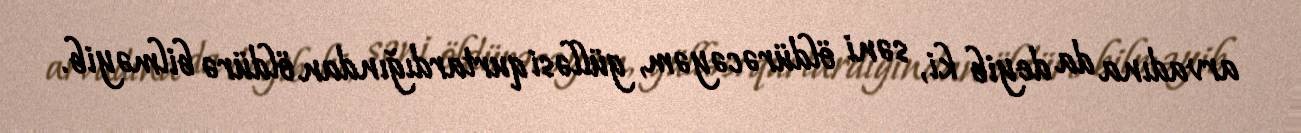
arvadına da deyib ki, səni öldürəcəyəm, gülləsi qurtardığından öldürə bilməyib.